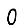
Digit: 0